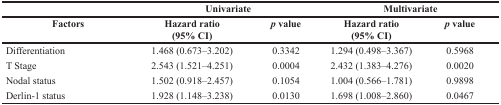
<table><thead><tr><td></td><td colspan="2"><b>Univariate</b></td><td colspan="2"><b>Multivariate</b></td></tr><tr><td><b>Factors</b></td><td><b>Hazard ratio (95% CI)</b></td><td><b><i>p</i> value</b></td><td><b>Hazard ratio (95% CI)</b></td><td><b><i>p</i> value</b></td></tr></thead><tbody><tr><td>Differentiation</td><td>1.468 (0.673–3.202)</td><td>0.3342</td><td>1.294 (0.498–3.367)</td><td>0.5968</td></tr><tr><td>T Stage</td><td>2.543 (1.521–4.251)</td><td>0.0004</td><td>2.432 (1.383–4.276)</td><td>0.0020</td></tr><tr><td>Nodal status</td><td>1.502 (0.918–2.457)</td><td>0.1054</td><td>1.004 (0.566–1.781)</td><td>0.9898</td></tr><tr><td>Derlin-1 status</td><td>1.928 (1.148–3.238)</td><td>0.0130</td><td>1.698 (1.008–2.860)</td><td>0.0467</td></tr></tbody></table>